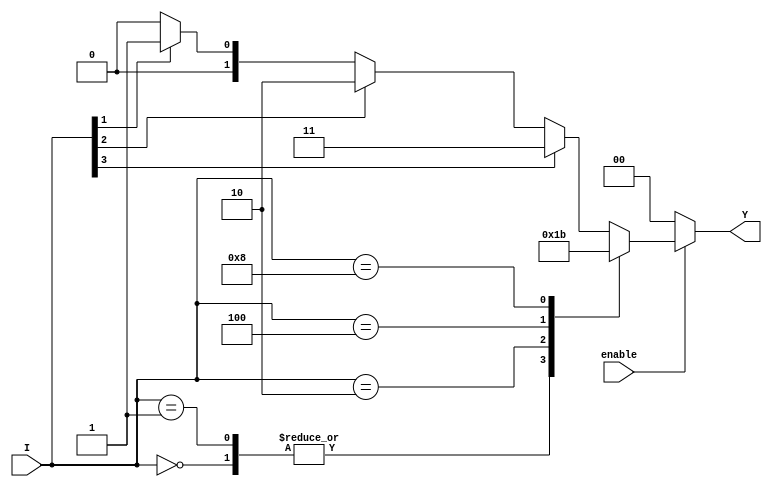
module encoder_4to2 (
    input wire [3:0] I,      // 4 input lines
    input wire enable,       // Enable signal
    output reg [1:0] Y       // 2 output lines
);

    always @(*) begin
        if (!enable) begin
            Y = 2'b00; // If not enabled, output is 00
        end else begin
            case (I)
                4'b0000: Y = 2'b00; // No input active
                4'b0001: Y = 2'b00; // Input I0 active
                4'b0010: Y = 2'b01; // Input I1 active
                4'b0100: Y = 2'b10; // Input I2 active
                4'b1000: Y = 2'b11; // Input I3 active
                default: begin
                    // Handle multiple inputs active by prioritizing the highest
                    if (I[3]) Y = 2'b11; // I3 active
                    else if (I[2]) Y = 2'b10; // I2 active
                    else if (I[1]) Y = 2'b01; // I1 active
                    else if (I[0]) Y = 2'b00; // I0 active
                    else Y = 2'b00; // Default case (should not occur)
                end
            endcase
        end
    end

endmodule